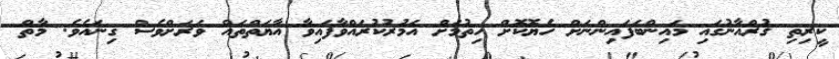
ކީރިތި ޤުރްއާނުގައި މައިންބަފައިންނަށް ހެޔޮކޮށް ހިތުމަށް އަމުރުކުރައްވާފައިވާ އާޔަތްތައް ވަރަށްވެސް ގިނައެވެ. މާތް